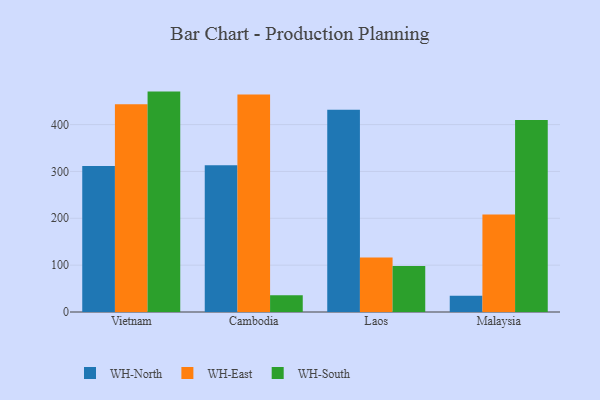
{"axis": {"x": "Country", "y": "Active Users"}, "legend": ["WH-East", "WH-North", "WH-South"], "data": [{"x": "Vietnam", "y": 311.6, "type": "WH-North"}, {"x": "Vietnam", "y": 443.6, "type": "WH-East"}, {"x": "Vietnam", "y": 470.4, "type": "WH-South"}, {"x": "Cambodia", "y": 313.2, "type": "WH-North"}, {"x": "Cambodia", "y": 464.2, "type": "WH-East"}, {"x": "Cambodia", "y": 36.0, "type": "WH-South"}, {"x": "Laos", "y": 431.6, "type": "WH-North"}, {"x": "Laos", "y": 116.5, "type": "WH-East"}, {"x": "Laos", "y": 98.0, "type": "WH-South"}, {"x": "Malaysia", "y": 34.7, "type": "WH-North"}, {"x": "Malaysia", "y": 208.2, "type": "WH-East"}, {"x": "Malaysia", "y": 409.7, "type": "WH-South"}]}